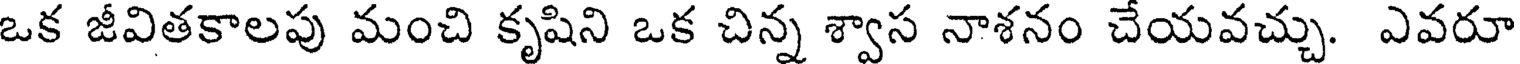
ఒక జీవితకాలపు మంచి కృషిని ఒక చిన్న శ్వాస నాశనం చేయవచ్చు. ఎవరూ